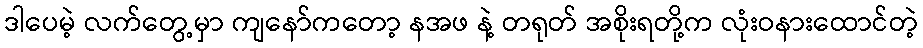
ဒါပေမဲ့ လက်တွေ့မှာ ကျနော်ကတော့ နအဖ နဲ့ တရုတ် အစိုးရတို့က လုံးဝနားထောင်တဲ့